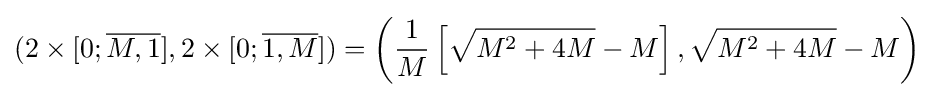
(2\times [0;{\overline {M,1}}],2\times [0;{\overline {1,M}}])=\left({\frac {1}{M}}\left[{\sqrt {M^{2}+4M}}-M\right],{\sqrt {M^{2}+4M}}-M\right)